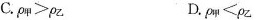
C. $$ρ _ { 甲 } > ρ _ { 乙 }$$ D. $$ρ _ { 甲 } < ρ _ { 乙 }$$